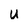
Character: U